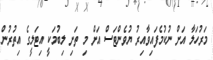
މަރުހަލާ އަށް ނުކުމެފައިވާއިރު ޔުވެންޓަސް އަށް މި ތަށި ލިބުމަކީ އިޓަލީގެ އިތުރުން